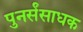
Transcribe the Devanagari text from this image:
पुनर्संसाधक